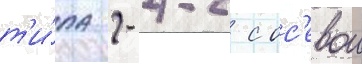
т'и́па 2-4-2 с ос'евои